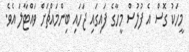
މީހަކު ގޮސް އެ ފުލުސް މީހާގެ ފައިގައި ޖަހައި ބިންމައްޗަށް ވައްޓާލަ އެވެ.